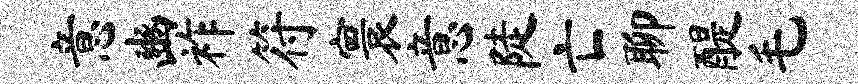
意豳祚符寰意陡亡聊醍毛